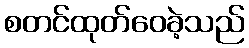
စတင်ထုတ်ဝေခဲ့သည်